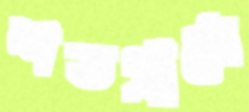
শতগ্রামে